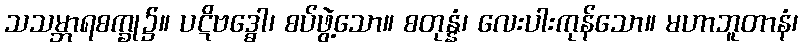
သသမ္ဘာရစက္ခု၌။ ပဋိဗဒ္ဓေါ၊ စပ်ဖွဲ့သော။ စတုန္နံ၊ လေးပါးကုန်သော။ မဟာဘူတာနံ၊